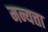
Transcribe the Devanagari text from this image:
मन्यत्ता